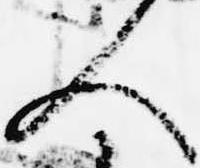
人